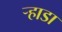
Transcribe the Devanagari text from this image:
र्‍हाडा